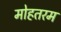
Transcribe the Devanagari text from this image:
मोहतरम